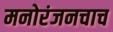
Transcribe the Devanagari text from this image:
मनोरंजनचाच